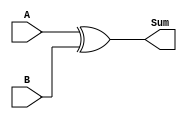
module XOR(A,B,Sum);

input [15:0] A, B;
output [15:0] Sum;

assign Sum = A ^ B;

endmodule